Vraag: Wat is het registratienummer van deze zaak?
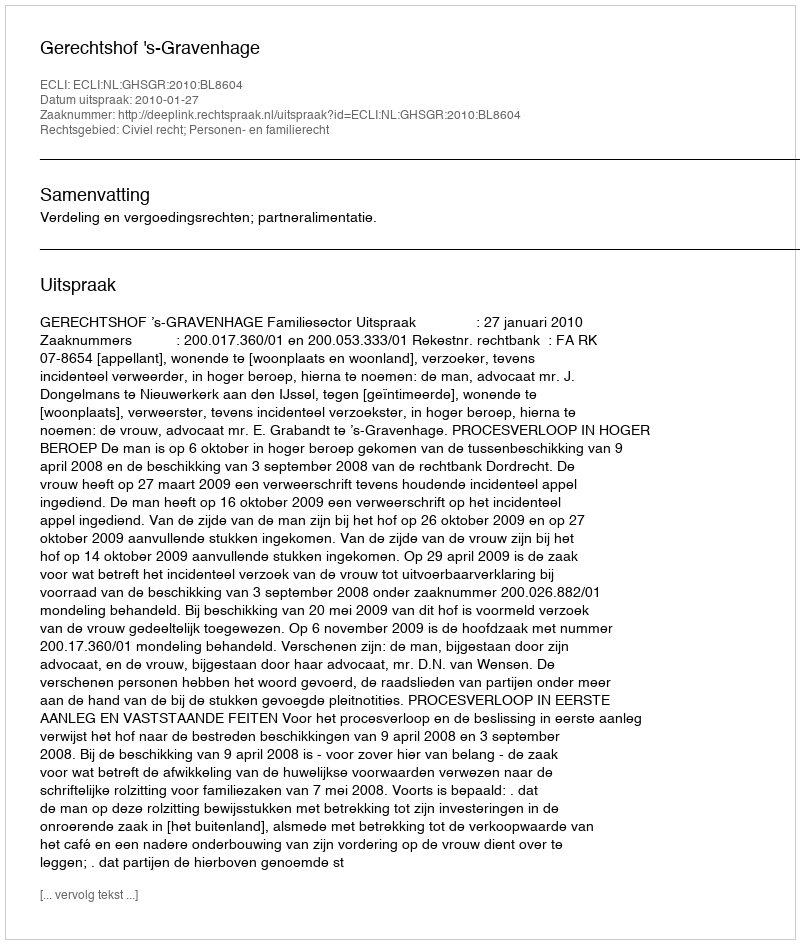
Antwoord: http://deeplink.rechtspraak.nl/uitspraak?id=ECLI:NL:GHSGR:2010:BL8604